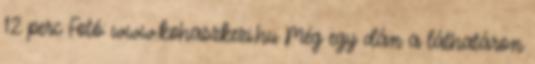
12 perc Fotó: www.kohaszkezi.hu Még egy dán a láthatáron